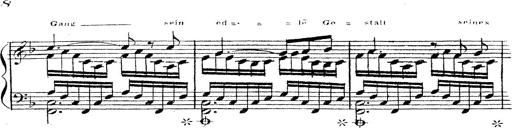
Title: 12 Lieder von Franz Schubert
Composer: Franz Liszt